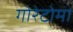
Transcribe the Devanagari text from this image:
गोरेटोमा